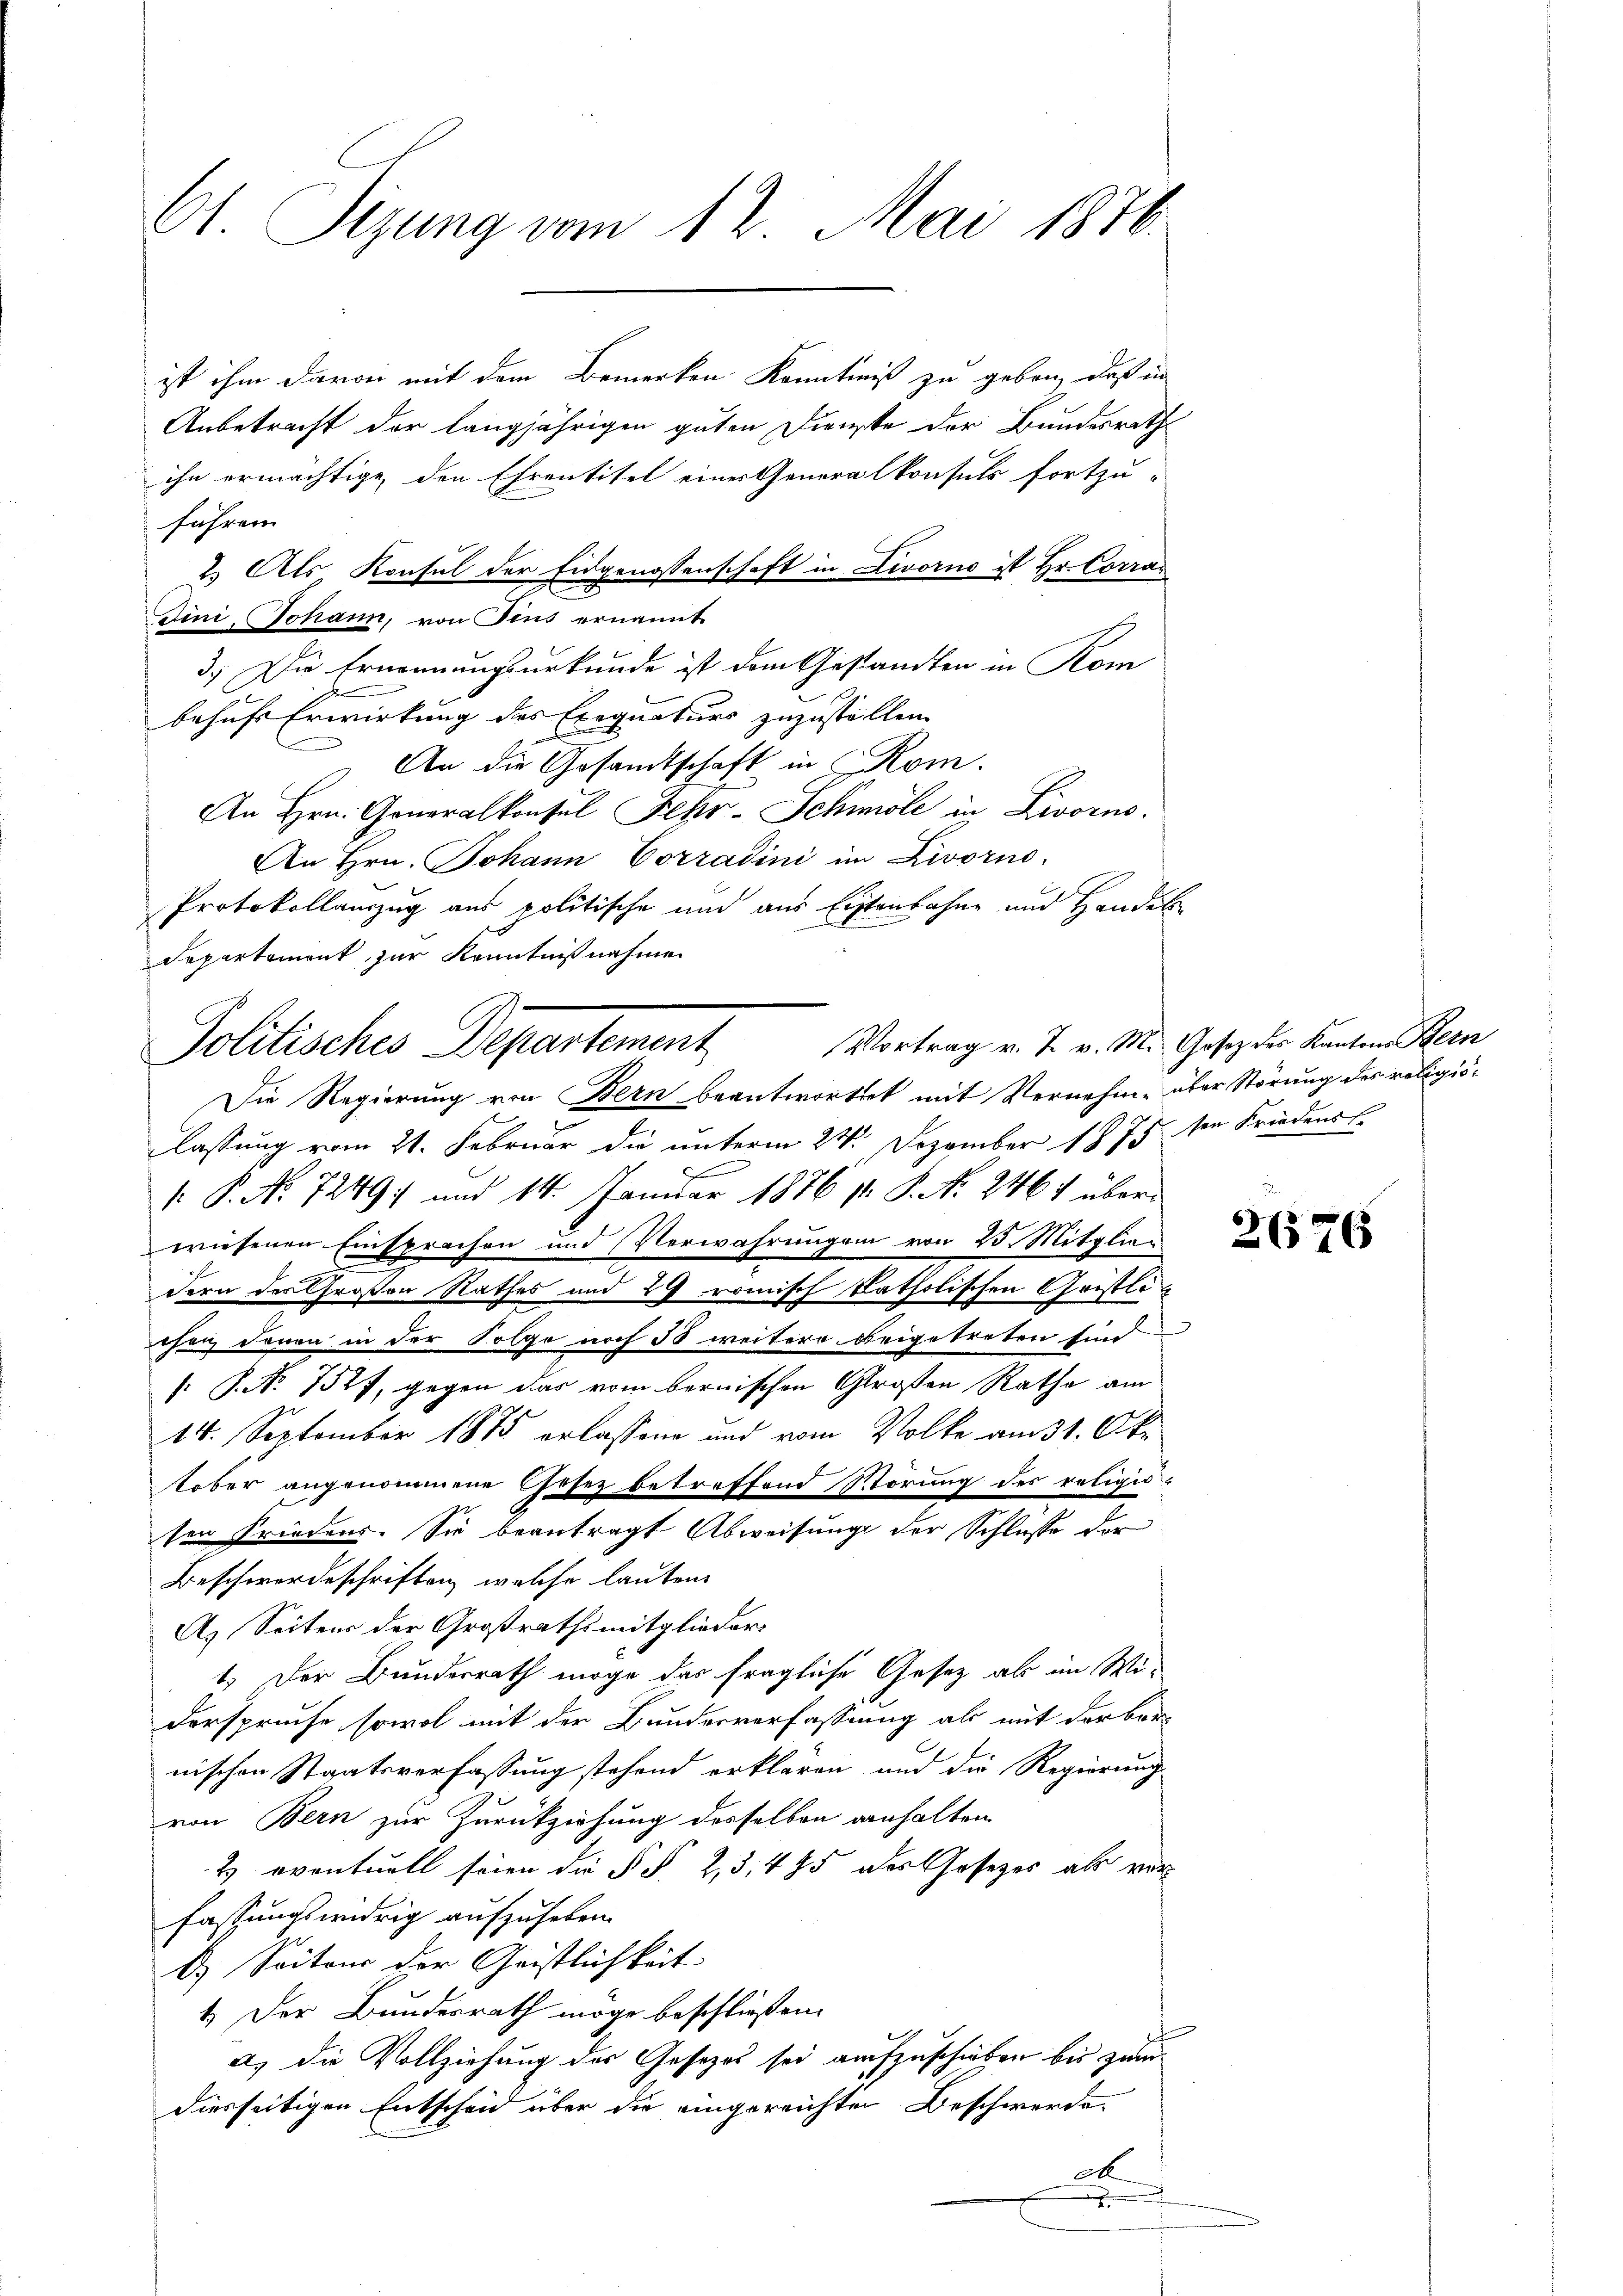
61. Sizung vom 12. Mai 1886

ist ihm davon mit dem Bemerken Kenntniß zu geben, daß in
Anbetracht der langjährigen guten Dienste der Bundesrath
ihn ermächtige den Ehrentitel eines Generalkonsuls fortzu-
führen
2.) Als Konsul der Eidgenossenschaft in Livorno ist Hr. Corra
Tini, Johann, von Fins ernannt
3.) Die Ernennungsurkunde ist dem Gestandten in Kom
behufs Erwirkung des Exequaturs zuzustellen.
An die Gesandtschaft in Kom
An Hrn. Generalkonsul Fehr-Schule in Livorno.
An Hrn. Johann Corradini im Livorno.
Protokollauszug aus politische und aus Erstenbahne und Handel
Departement zur Kenntnißnahmen

Vortrag v. 2. v. M. Gosez der Kantons Bern
Politisches Departement,

Die Regierung von Bern beantwortet mit Vernehme über Störung des religislassung vom 21. Februar die unterm 24. Dezember 1873 sie Friedenst
.
 P. Nr. 7249 und 14. Januar 1886 12 S. N. 2461 über
wiesenen Einsprachen und Verwahrungen von 23. Mitglien
dern der Großen Rathes und 29 römisch katholischen Gristlichen denen in der Polge noch 50 weitere beigetreten sind
: P. Nr. 75 f, gegen das vom bernischen Großen Rathe am
14. September 1875 erlassene und vom Volke am 31. Oktober angenommene Gesez betreffend Wörung des religiosen Friedens. Sie beantragt Abweisung der Schlusse der
Beschwerdeschriften, welche lauten
A. Seitens der Großrathsmitglieder
1. Der Bunderrath möge das fragliche Gesetz als im Wi-
derspruche, sowol mit der Bundesverfassung als mit der ber
nischen Staatsverfassung stehend erklären, und die Regierung
von Bern zur Zurückziehung desselben anhalten
2 eventuell seien die § § 2, 3, 485 des Gesetzes als vor-
fassungswidrig aufzuheben.
b) Seitens der Geistlichkeit
1. Der Bundesrath möge beschließen.
a) die Vollziehung des Gesezes sei aufzuschieben bis zum
diesseitigen Entscheid über die eingereichten Beschwerde.
A
.

2676